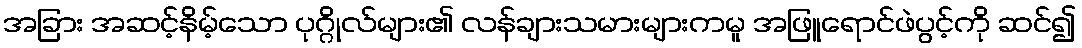
အခြား အဆင့်နိမ့်သော ပုဂ္ဂိုလ်များ၏ လန်ချားသမားများကမူ အဖြူရောင်ဖဲပွင့်ကို ဆင်၍